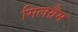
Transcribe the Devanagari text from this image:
मिलग्रैम